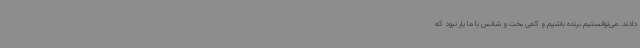
دادند. می‌توانستیم برنده باشیم و کمی بخت و شانس با ما یار نبود که